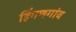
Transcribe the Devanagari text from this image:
हिंगणगांव